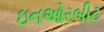
ઇનઓરબીટ